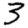
Digit: 3